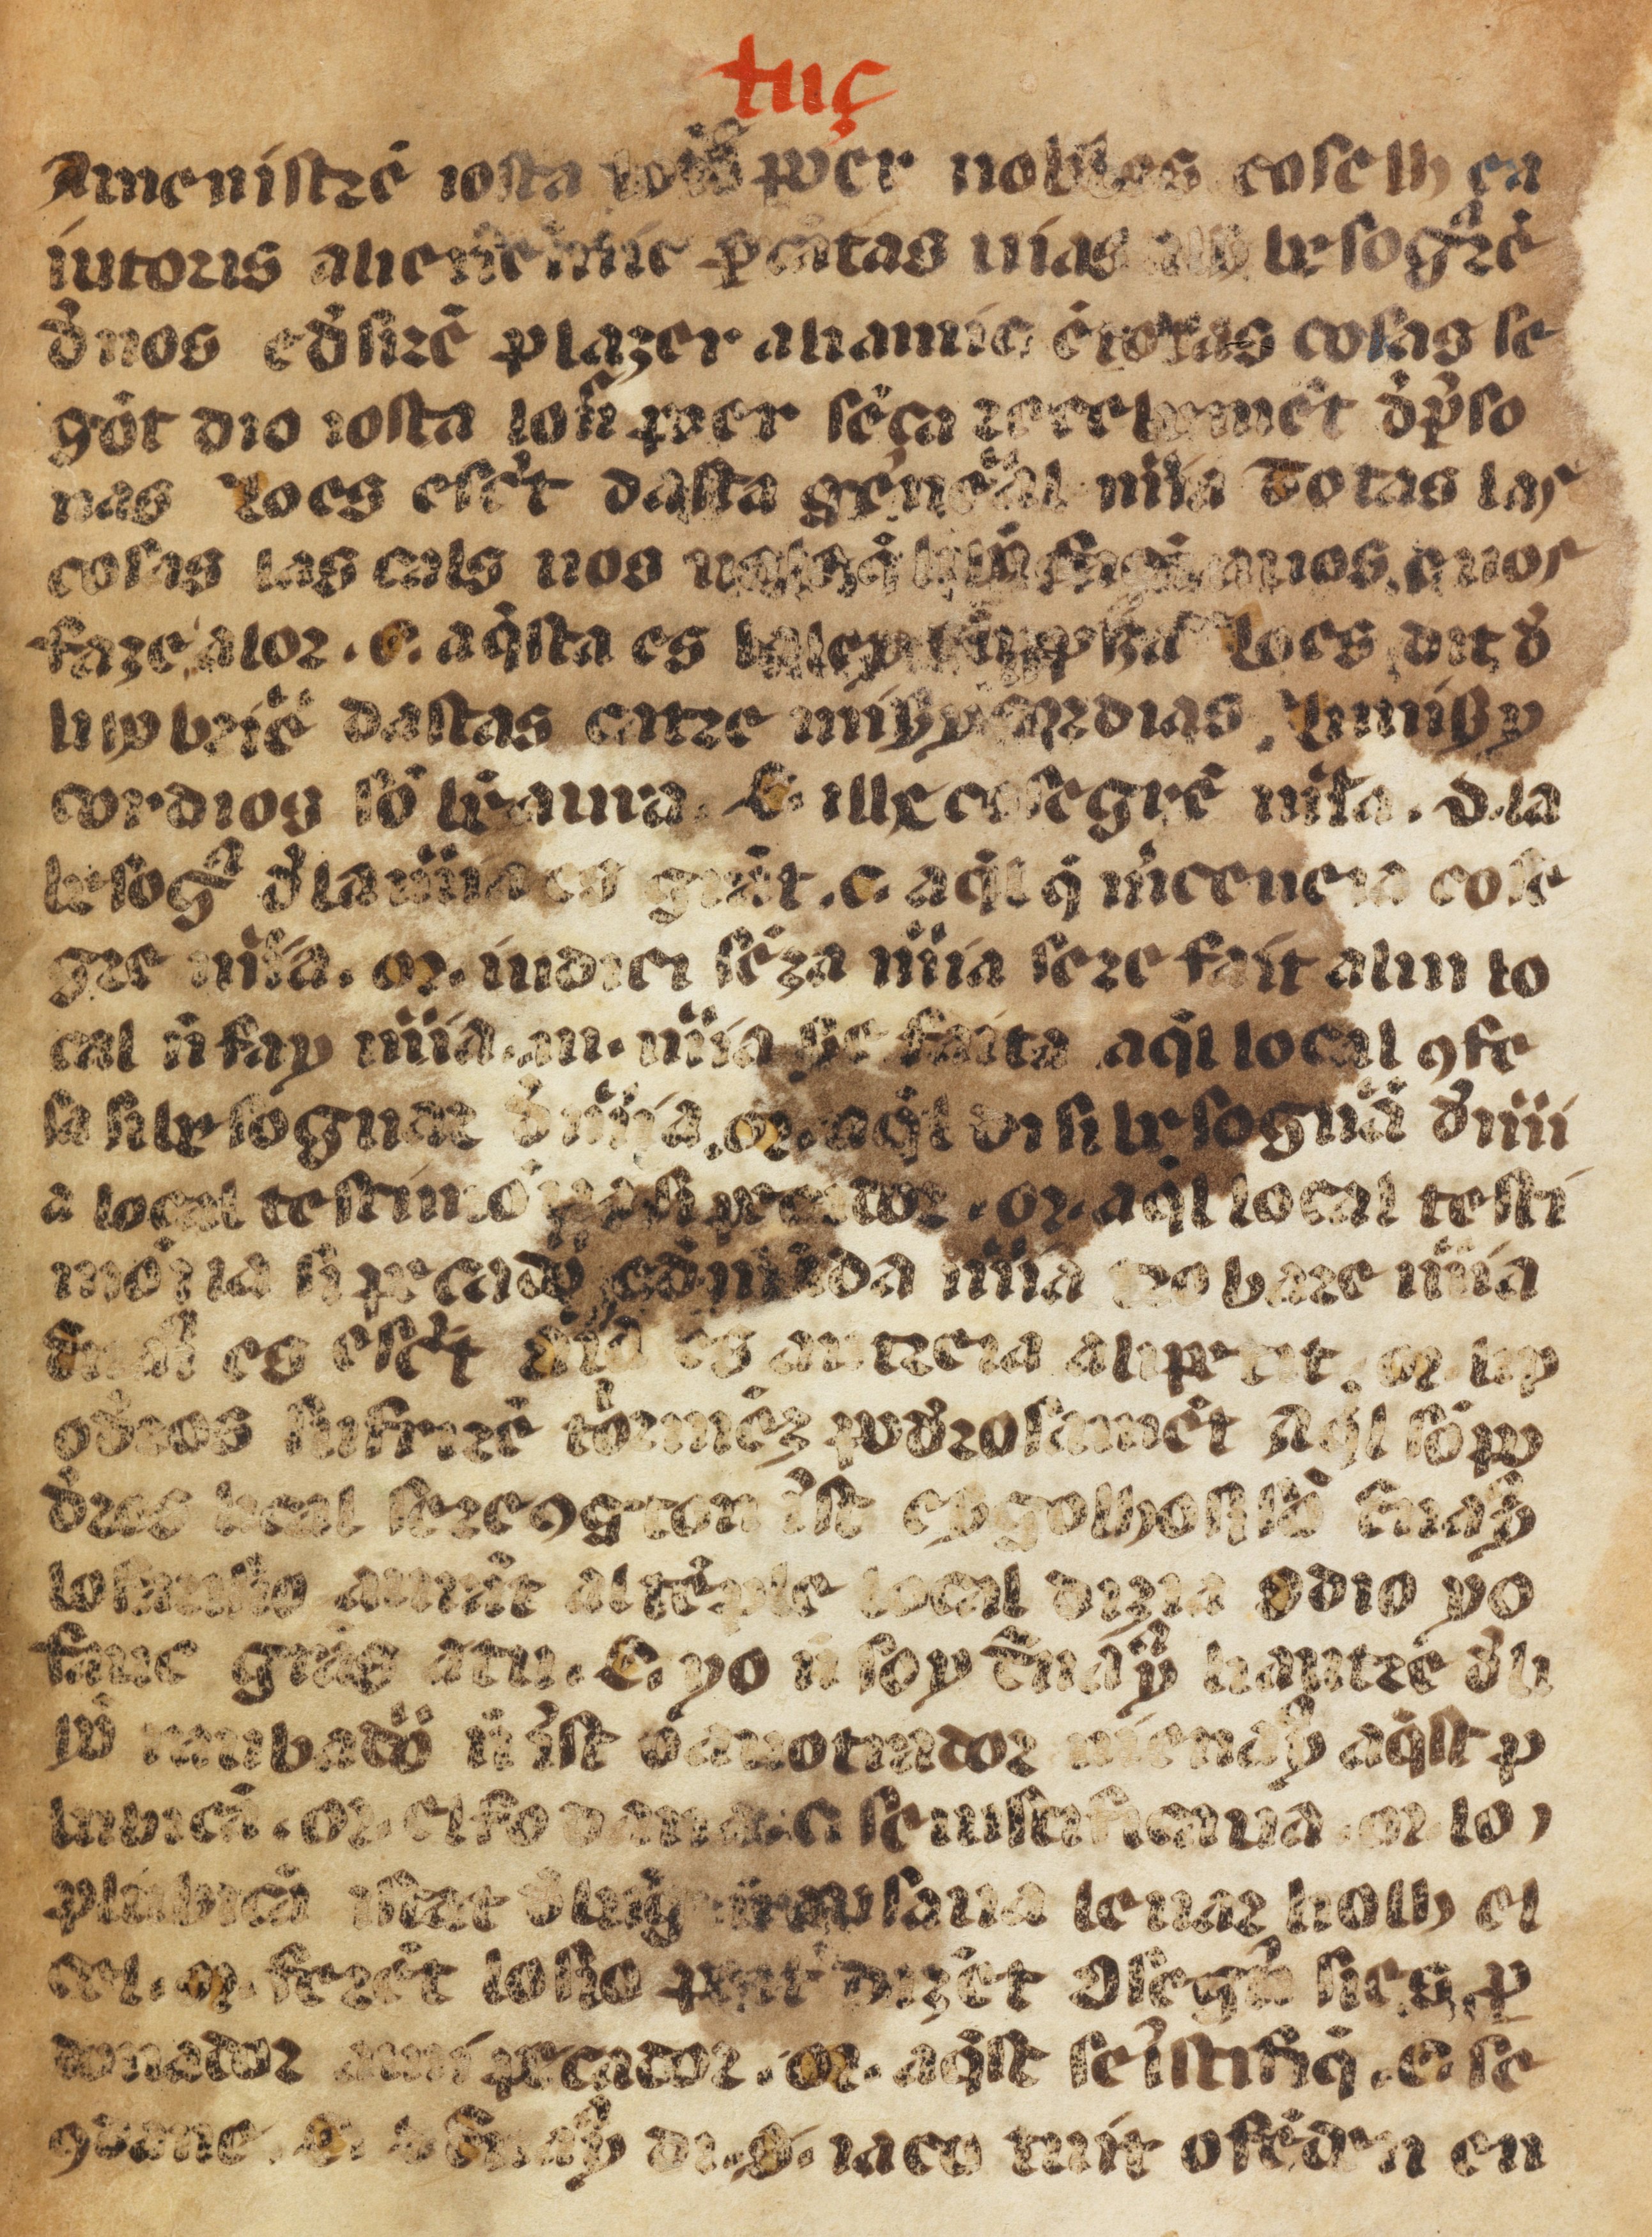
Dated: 1400–1499